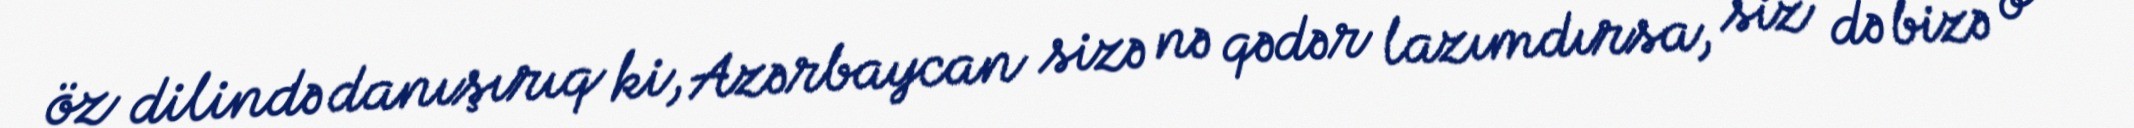
öz dilində danışırıq ki, Azərbaycan sizə nə qədər lazımdırsa, siz də bizə o